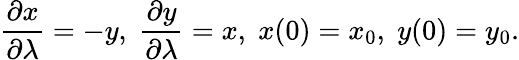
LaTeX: {\frac{\partial x}{\partial\lambda}}=-y,\; {\frac{\partial y}{\partial\lambda}}=x,\; x(0)=x_{0},\; y(0)=y_{0}.